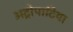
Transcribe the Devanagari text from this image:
अट्रोपाटिया